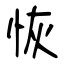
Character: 恢